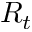
R _ { t }